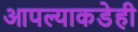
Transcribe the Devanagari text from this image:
आपल्याकडेही